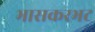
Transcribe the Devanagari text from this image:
भासकरभट